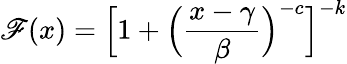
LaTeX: \mathscr{F}(x)={\Big[}1+{\Big(}{\frac{{x-\gamma}}{{\beta}}}{\Big)}^{-c}{\Big]}^{-k}